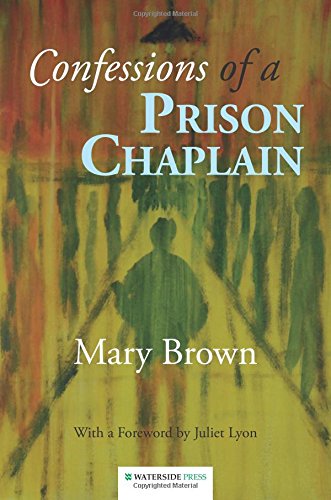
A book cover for Confessions of a Prison Chaplain; Brown Mary; Christian Books & Bibles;